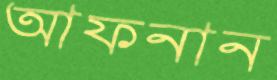
আফনান